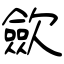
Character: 歛